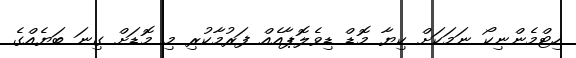
ހިޓްމެންނިކޯ ނަމަކަށް ކިޔާ މޮޑް ޑިވެލޮޕާއެއް ފަރުމާކުރި މި މޮޑަށް ގިނަ ބަޔެއްގެ